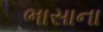
ભાસાના